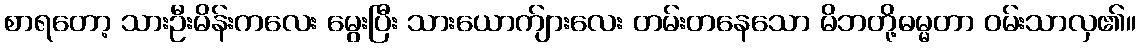
စာရတော့ သားဦးမိန်းကလေး မွေးပြီး သားယောက်ျားလေး တမ်းတနေသော မိဘတို့ဓမ္မတာ ဝမ်းသာလှ၏။